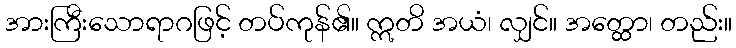
အားကြီးသောရာဂဖြင့် တပ်ကုန်၏။ ဣတိ အယံ၊ လျှင်။ အတ္ထော၊ တည်း။